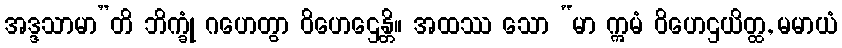
အဒ္ဒသာမာ”တိ ဘိက္ခုံ ဂဟေတွာ ဝိဟေဌေန္တိ။ အထဿ သော “မာ ဣမံ ဝိဟေဌယိတ္ထ, မမာယံ